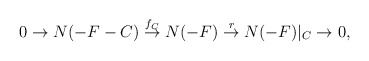
\begin{align*}0 \rightarrow N(-F- C)\stackrel{f_{C}}{\rightarrow}N(-F) \stackrel{r}{\rightarrow}N(-F)|_{C} \rightarrow 0,\end{align*}